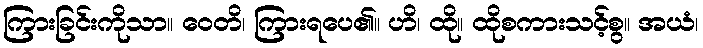
ကြားခြင်းကိုသာ။ ဝေတိ၊ ကြားရပေ၏။ ဟိ၊ ထို။ ထိုစကားသင့်စွ။ အယံ၊